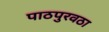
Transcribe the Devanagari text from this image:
पाठपुरवठा